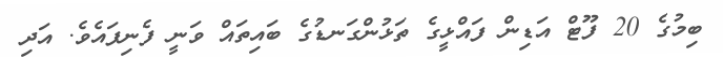
ބިމުގެ 20 ފޫޓް އަޑިން ފައްޅީގެ ތަޅުންގަނޑުގެ ބައިތައް ވަނީ ފެނިފައެވެ. އަދި